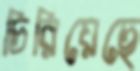
চিরিয়েছে